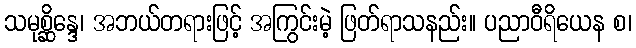
သမုစ္ဆိန္ဒေ၊ အဘယ်တရားဖြင့် အကြွင်းမဲ့ ဖြတ်ရာသနည်း။ ပညာဝီရိယေန စ၊